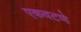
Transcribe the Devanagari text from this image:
एकवटणे